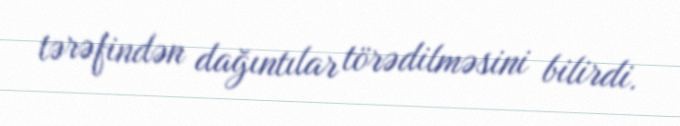
tərəfindən dağıntılar törədilməsini bilirdi.